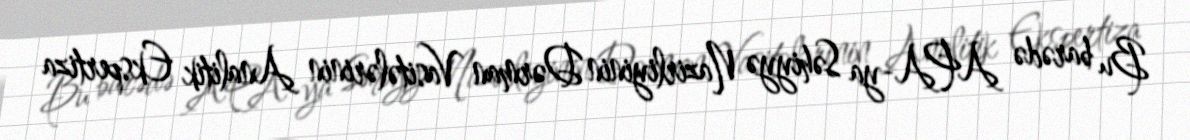
Bu barədə APA-ya Səhiyyə Nazirliyinin Dərman Vasitələrinin Analitik Ekspertiza